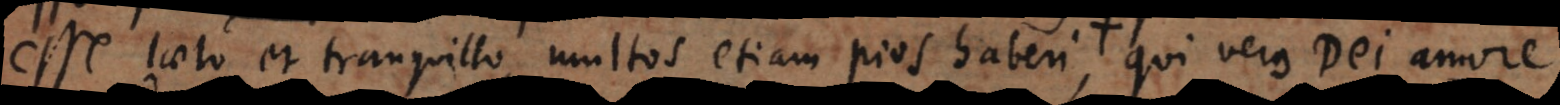
esse laeto et tranquillo, multos etiam pios haberi et Zelum quendam prae